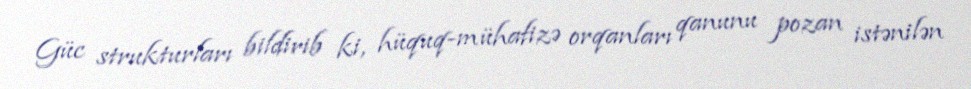
Güc strukturları bildirib ki, hüquq-mühafizə orqanları qanunu pozan istənilən